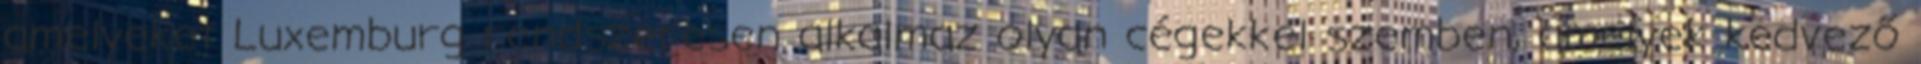
amelyeket Luxemburg rendszeresen alkalmaz olyan cégekkel szemben, amelyek kedvező